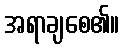
အရာချစေ၏။